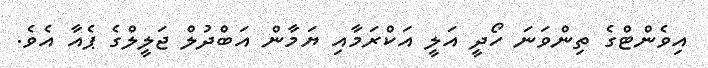
އިވެންޓްގެ ތިންވަނަ ހޯދީ އަލީ އަކްރަމާއި ޔަމާން އަބްދުލް ޖަލީލްގެ ޕެއާ އެވެ.